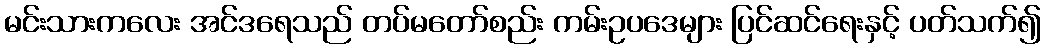
မင်းသားကလေး အင်ဒရေသည် တပ်မတော်စည်း ကမ်းဥပဒေများ ပြင်ဆင်ရေးနှင့် ပတ်သက်၍